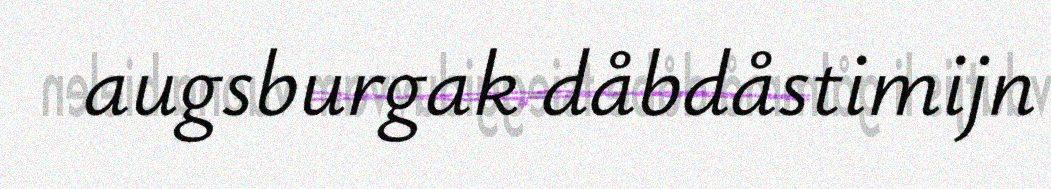
augsburgak dåbdåstimijn